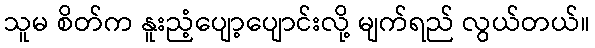
သူမ စိတ်က နူးညံ့ပျော့ပျောင်းလို့ မျက်ရည် လွယ်တယ်။